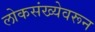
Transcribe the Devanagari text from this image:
लोकसंख्येवरून